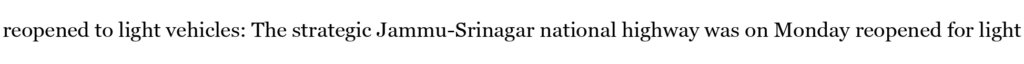
reopened to light vehicles: The strategic Jammu-Srinagar national highway was on Monday reopened for light